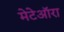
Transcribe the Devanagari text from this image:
मेटेऑरा